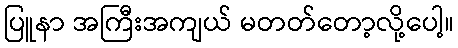
ပြူနာ အကြီးအကျယ် မတတ်တော့လို့ပေါ့။